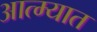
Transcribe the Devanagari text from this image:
आत्म्यात